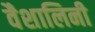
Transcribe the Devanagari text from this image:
वैशालिनी